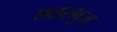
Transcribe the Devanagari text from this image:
छतरभुज